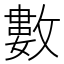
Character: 數